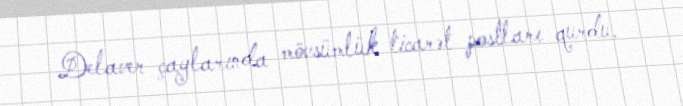
Delaver çaylarında mövsümlük ticarət postları qurdu.